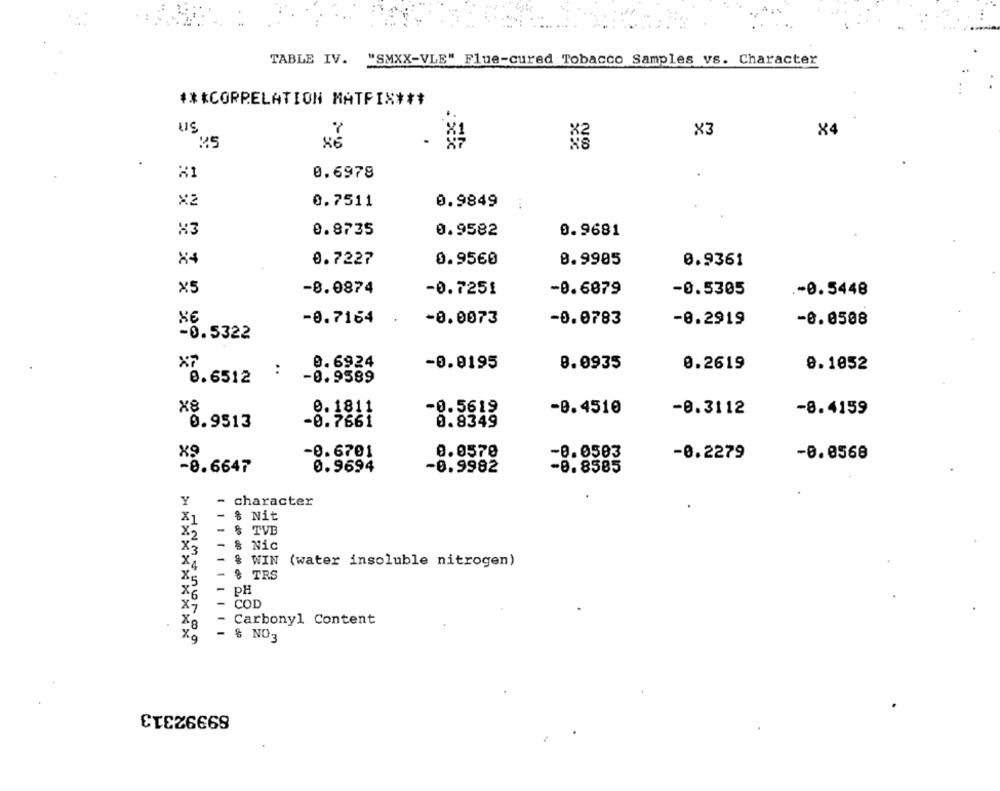
TABLE IV. "SMXX-VLE" Flue-cured Tobacco Samples vs. Character
*** CORRELATION MATFIX ***
US
X3
x4
25
21
0.6978
X2
0.7511
0.9849
X3
0.8735
0.9582
0.9681
X4
0.7227
0.9560
8.9985
0.9361
X5
-8.0874
-0.7251
-8.6879
-0.5305
.- 0.5448
-8.7164
-0.0073
-0.0783
-0.2919
-0.0508
-0.5322
0.6924
X7
:
-0.9195
8.0935
0.2619
0.1052
8.6512
-0.9589
×8
0.1811
-0.5619
-0.4510
-0.3112
-8.4159
0.9513
-0.7661
0.8349
-0.6701
0.0570
-0.0583
-0.2279
-0.0568
0.9694
-8.6647
-0.9982
-8.8585
Y - character
X1
-
$ Nit
- $ TVB
X2
- & Nic
X3
- & WIN (water insoluble nitrogen)
- 8 TRS
- pH
X6
X7
-
COD
- Carbonyl Content
- % NO3
89992313